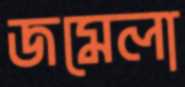
জমেলা